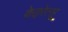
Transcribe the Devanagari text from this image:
केइरेत्सू